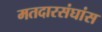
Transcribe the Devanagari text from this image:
मतदारसंघांस